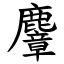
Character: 麞